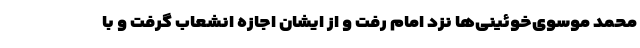
محمد موسوی‌خوئینی‌ها نزد امام رفت و از ایشان اجازه انشعاب گرفت و با